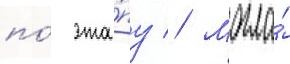
по́ эта́пу // Могла́